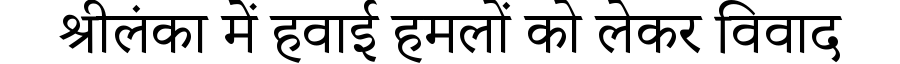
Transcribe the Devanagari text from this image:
श्रीलंका में हवाई हमलों को लेकर विवाद